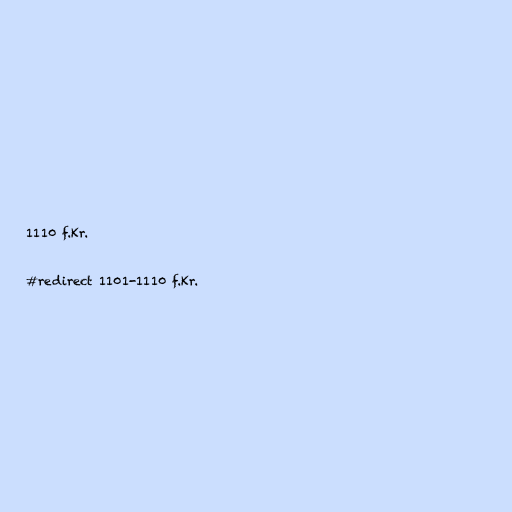
1110 f.Kr.

#redirect 1101-1110 f.Kr.